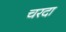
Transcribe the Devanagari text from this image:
चरदा